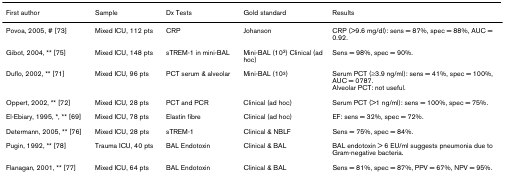
<table><thead><tr><td><b>First author</b></td><td><b>Sample</b></td><td><b>Dx Tests</b></td><td><b>Gold standard</b></td><td><b>Results</b></td></tr></thead><tbody><tr><td>Povoa, 2005, # [73]</td><td>Mixed ICU, 112 pts</td><td>CRP</td><td>Johanson</td><td>CRP (&gt;9.6 mg/dl): sens = 87%, spec = 88%, AUC = 0.92.</td></tr><tr><td>Gibot, 2004, ** [75]</td><td>Mixed ICU, 148 pts</td><td>sTREM-1 in mini-BAL</td><td>Mini-BAL (10<sup>3</sup>) Clinical (ad hoc)</td><td>Sens = 98%, spec = 90%.</td></tr><tr><td>Duflo, 2002, ** [71]</td><td>Mixed ICU, 96 pts</td><td>PCT serum &amp; alveolar</td><td>Mini-BAL (10<sup>3</sup>)</td><td>Serum PCT (≥3.9 ng/ml): sens = 41%, spec = 100%, AUC = 0787.Alveolar PCT: not useful.</td></tr><tr><td>Oppert, 2002, ** [72]</td><td>Mixed ICU, 28 pts</td><td>PCT and PCR</td><td>Clinical (ad hoc)</td><td>Serum PCT (&gt;1 ng/ml): sens = 100%, spec = 75%.</td></tr><tr><td>El-Ebiary, 1995, *, ** [69]</td><td>Mixed ICU, 78 pts</td><td>Elastin fibre</td><td>Clinical (ad hoc)</td><td>EF: sens = 32%, spec = 72%.</td></tr><tr><td>Determann, 2005, ** [76]</td><td>Mixed ICU, 28 pts</td><td>sTREM-1</td><td>Clinical &amp; NBLF</td><td>Sens = 75%, spec = 84%.</td></tr><tr><td>Pugin, 1992, ** [78]</td><td>Trauma ICU, 40 pts</td><td>BAL Endotoxin</td><td>Clinical &amp; BAL</td><td>BAL endotoxin &gt; 6 EU/ml suggests pneumonia due to Gram-negative bacteria.</td></tr><tr><td>Flanagan, 2001, ** [77]</td><td>Mixed ICU, 64 pts</td><td>BAL Endotoxin</td><td>Clinical &amp; BAL</td><td>Sens = 81%, spec = 87%, PPV = 67%, NPV = 95%.</td></tr></tbody></table>